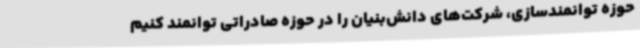
حوزه توانمندسازی، شرکت‌های دانش‌بنیان را در حوزه صادراتی توانمند کنیم